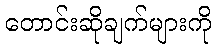
တောင်းဆိုချက်များကို